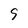
Character: 9